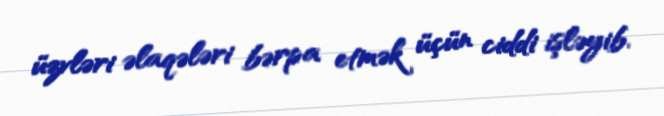
üzvləri əlaqələri bərpa etmək üçün ciddi işləyib.